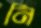
নি